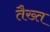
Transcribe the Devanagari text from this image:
तैख्त